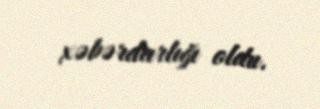
xəbərdarlığı oldu.